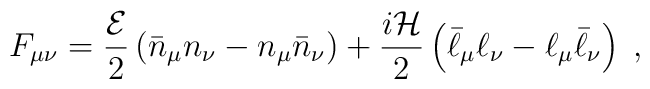
F_{\mu \nu}=\frac{{\cal E}}{2}\left(\bar{n}_{\mu}n_{\nu}-n_{\mu}\bar{n}_{\nu}\right)+\frac{i{\cal H}}{2}\left(\bar{\ell}_{\mu}\ell_{\nu}-\ell_{\mu}\bar{\ell}_{\nu}\right)\;,